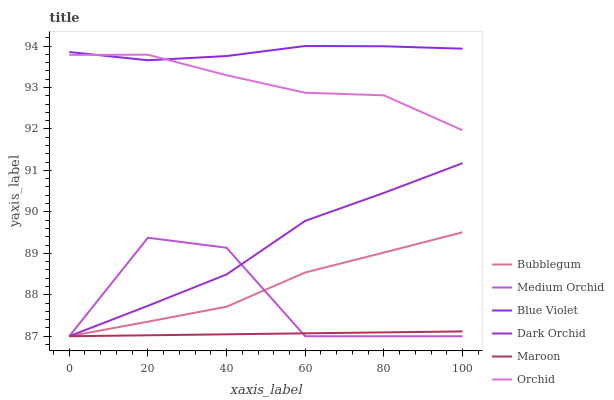
| xaxis_label | Bubblegum | Medium Orchid | Blue Violet | Dark Orchid | Maroon | Orchid |
 | --- | --- | --- | --- | --- | --- | --- |
 | 0 | 87 | 87 | 93.9 | 87 | 87 | 93.8 |
 | 20 | 87.4 | 89.4 | 93.7 | 87.7 | 87 | 93.8 |
 | 40 | 87.7 | 89.1 | 93.8 | 88.5 | 87 | 93.3 |
 | 60 | 88.5 | 87 | 94 | 89.8 | 87.1 | 92.9 |
 | 80 | 89 | 87 | 94 | 90.5 | 87.1 | 92.8 |
 | 100 | 89.5 | 87 | 93.9 | 91.2 | 87.1 | 92 |